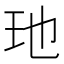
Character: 𮴃